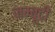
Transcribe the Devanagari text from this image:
जम्बूदी